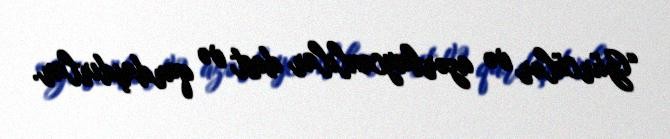
“Gürcülər və azərbaycanlılar dost və qardaşdırlar.